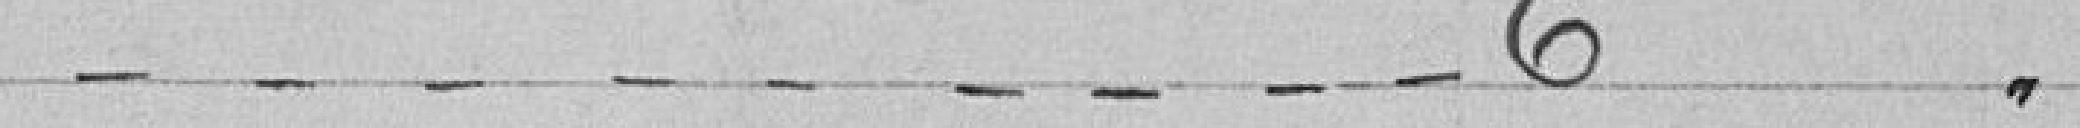
6 voix